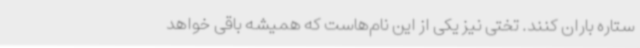
ستاره باران کنند. تختی نیز یکی از این نام‌هاست که همیشه باقی خواهد